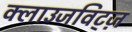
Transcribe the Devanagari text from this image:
क्लाउजविट्ज़